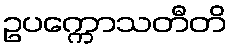
ဥပက္ကောသတီတိ